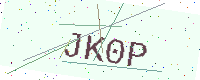
Text: JK0P